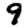
Digit: 9